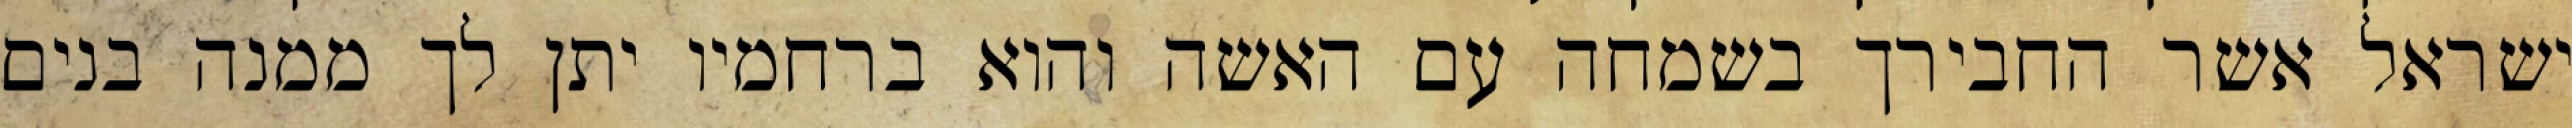
ישראל אשר החבירך בשמחה עם האשה והוא ברחמיו יתן לך ממנה בנים